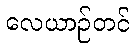
လေယာဉ်တင်